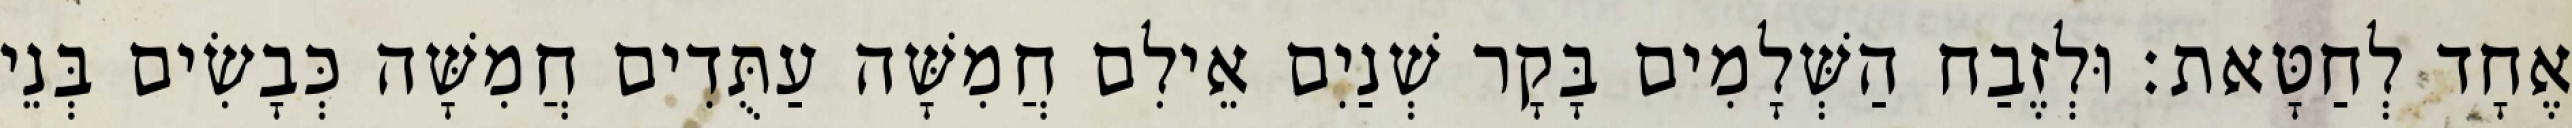
אֶחָד לְחַטָּאת׃ וּלְזֶבַח הַשְּׁלָמִים בָּקָר שְׁנַיִם אֵילִם חֲמִשָּׁה עַתֻּדִים חֲמִשָּׁה כְּבָשִׂים בְּנֵי